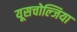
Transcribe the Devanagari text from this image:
यूसचोल्जिया